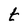
Character: t